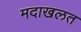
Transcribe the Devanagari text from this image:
मदाखलत